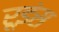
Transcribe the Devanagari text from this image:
रूइंस